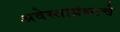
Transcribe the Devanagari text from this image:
अवेस्ताग्रंथाचे